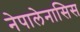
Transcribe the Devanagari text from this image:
नेपालेनासिस